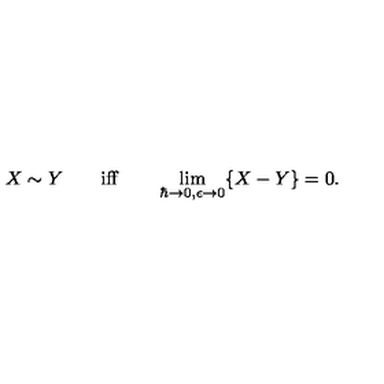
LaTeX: X \sim Y \qquad \mathrm { i f f } \qquad \lim _ { \hbar \to 0 , \epsilon \to 0 } \{ X - Y \} = 0 .